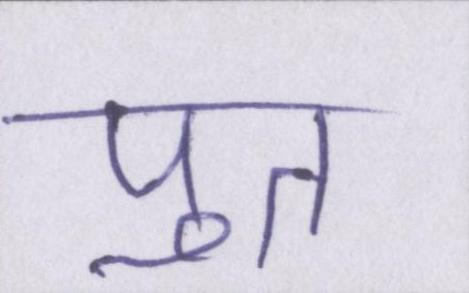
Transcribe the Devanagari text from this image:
पुत